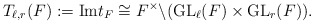
\begin{align*}T_{\ell,r}(F):=\mathrm{Im} t_F\cong F^\times\backslash (\mathrm{GL}_\ell(F) \times \mathrm{GL}_r(F)). \end{align*}